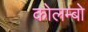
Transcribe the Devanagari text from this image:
कोलम्‍बो